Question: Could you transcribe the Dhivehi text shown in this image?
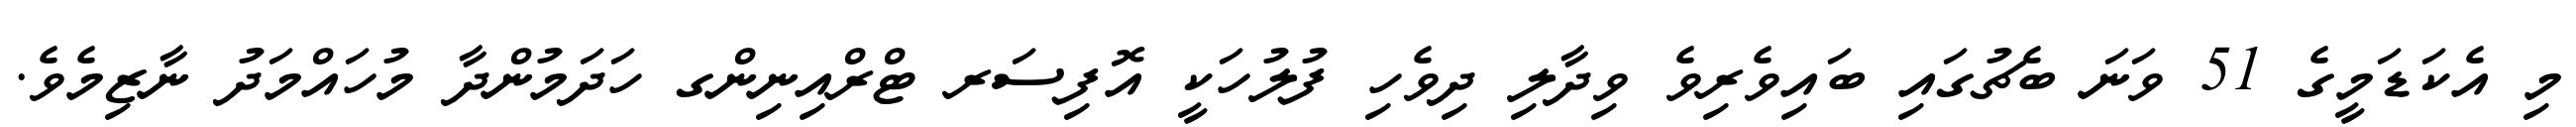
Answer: މި އެކަޑަމީގެ 51 ވަނަ ބެޗުގައި ބައިވެރިވެ ވިދާލި ދިވެހި ފުލުހަކީ އޮފިސަރ ޓްރްއިނިންގ ހަދަމުންދާ މުހައްމަދު ނާޒިމެވެ.